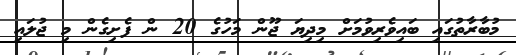
މުބާރާތުގައި ބައިވެރިވުމަށް މިދިޔަ ޖޫން މަހުގެ 20 ން ފެށިގެން މި ޖުލައި